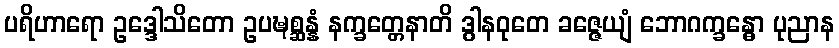
ပရိဟာရော ဥဒ္ဒေါသိတော ဥပဍ္ဎစ္ဆန္နံ နက္ခတ္တေနာတိ ဒွါနဝုတေ ခဇ္ဇေယျံ ဘောဂက္ခန္ဓော ပုညာန